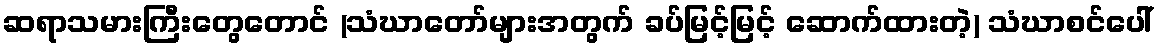
ဆရာသမားကြီးတွေတောင် (သံဃာတော်များအတွက် ခပ်မြင့်မြင့် ဆောက်ထားတဲ့) သံဃာစင်ပေါ်